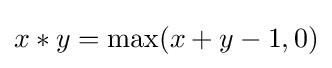
x*y=\max(x+y-1,0)